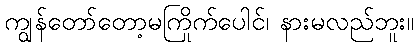
ကျွန်တော်တော့မကြိုက်ပေါင်၊ နားမလည်ဘူး။